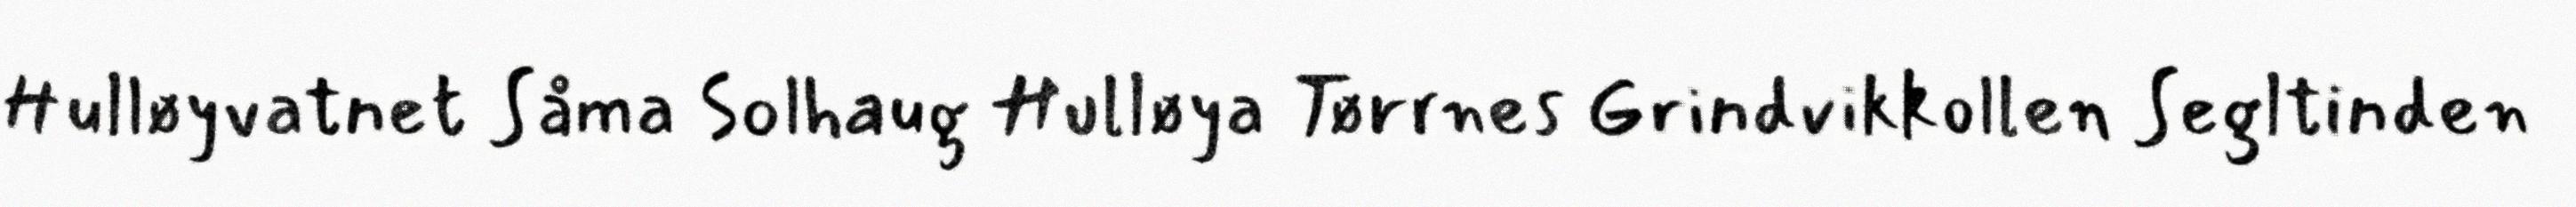
Hulløyvatnet Såma Solhaug Hulløya Tørrnes Grindvikkollen Segltinden